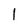
Character: l